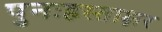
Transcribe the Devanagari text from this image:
पुनःहस्ताक्षर